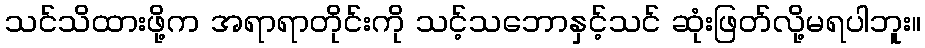
သင်သိထားဖို့က အရာရာတိုင်းကို သင့်သဘောနှင့်သင် ဆုံးဖြတ်လို့မရပါဘူး။